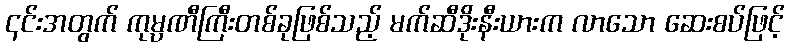
၎င်းအတွက် ကုမ္ပဏီကြီးတစ်ခုဖြစ်သည့် မက်ဆီဒိုးနီးယားက လာသော ဆေးစပ်ဖြင့်